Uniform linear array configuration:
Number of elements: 24
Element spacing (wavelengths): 0.5
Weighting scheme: blackman
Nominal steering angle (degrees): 60
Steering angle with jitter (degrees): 60.613
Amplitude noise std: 0.05
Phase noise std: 0.05

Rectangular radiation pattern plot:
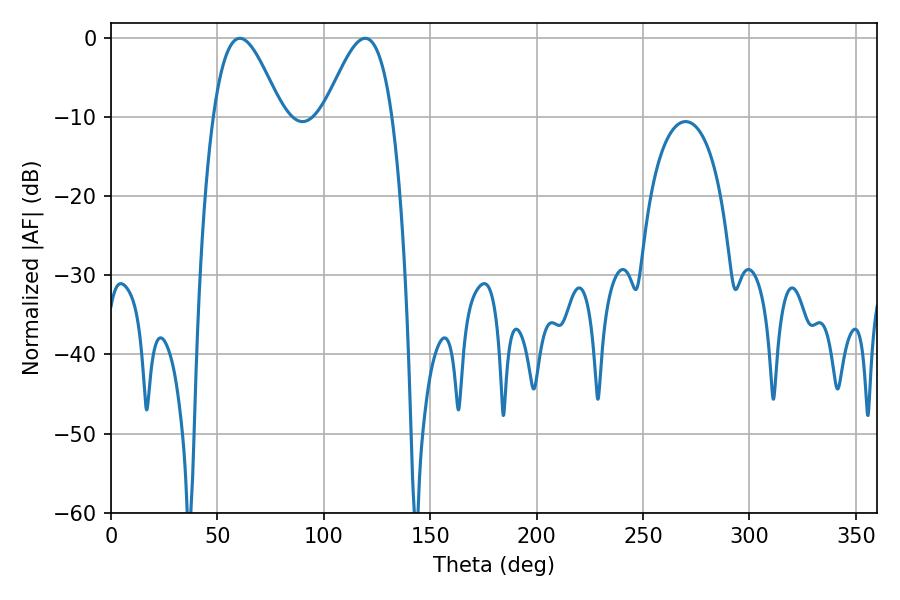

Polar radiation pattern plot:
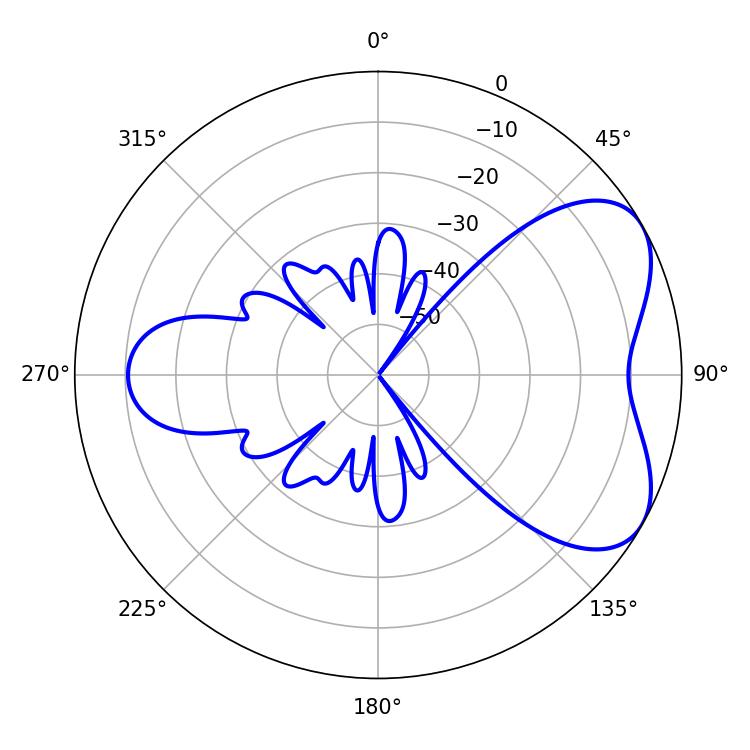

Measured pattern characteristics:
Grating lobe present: FALSE
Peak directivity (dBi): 5.444
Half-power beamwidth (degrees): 17.28
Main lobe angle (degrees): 60.48